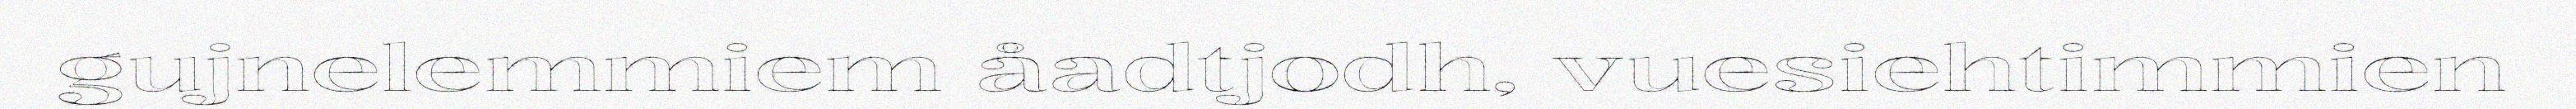
gujnelemmiem åadtjodh, vuesiehtimmien